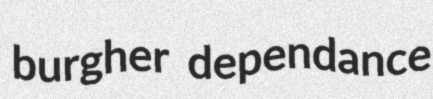
burgher dependance